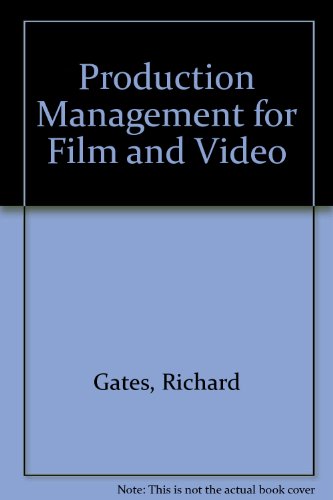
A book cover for Production Management for Film and Video; Richard Gates; Humor & Entertainment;